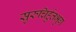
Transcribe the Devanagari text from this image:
सुरुचिर्हुतभुग